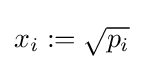
x_{i}:={\sqrt {p_{i}}}